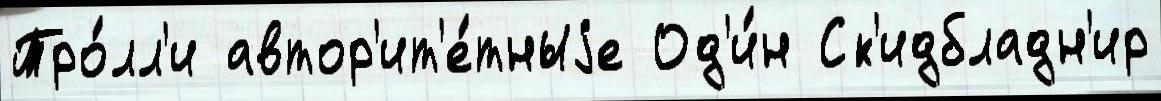
Тро́лл'и автор'ит'е́тныjе Од'и́н Ск'идбладн'ир